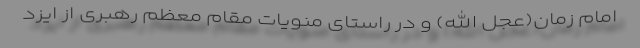
امام زمان(عجل الله) و در راستای‌‌‌ منویات مقام معظم رهبری از ایزد